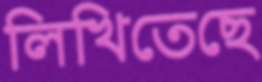
লিখিতেছে